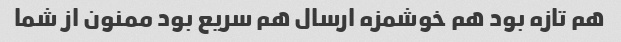
هم تازه بود هم خوشمزه ارسال هم سریع بود ممنون از شما